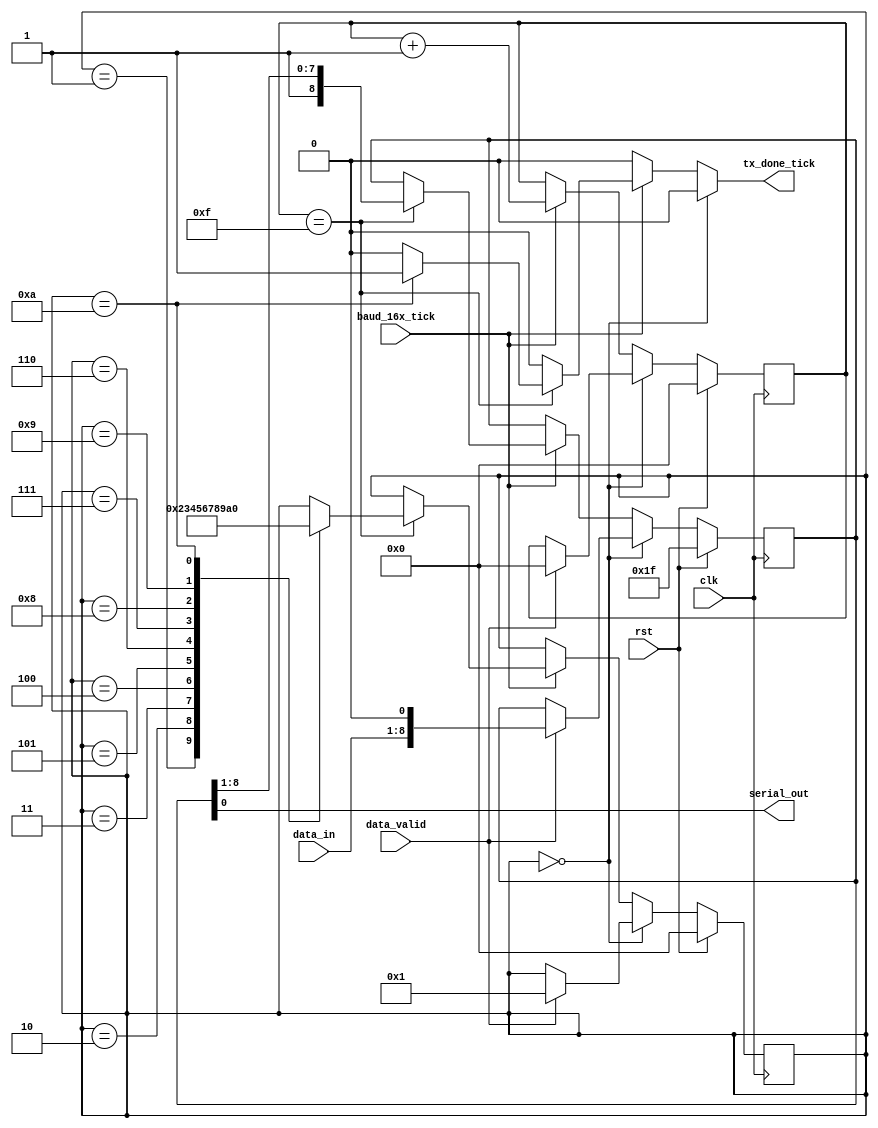
module uart_tx ( 
   input  wire       clk,
   input  wire       rst,         
   input  wire       baud_16x_tick,
   input  wire [7:0] data_in , 
   input  wire       data_valid , 
   output wire       serial_out , 
   output reg        tx_done_tick
);

   parameter   START_BIT   =  1'b0 ; 
   parameter   STOP_BIT    =  1'b1 ; 

   localparam  IDLE  = 4'h0,
               BIT_START = 4'h1,
               BIT_0 = 4'h2,
               BIT_1 = 4'h3,
               BIT_2 = 4'h4,
               BIT_3 = 4'h5,
               BIT_4 = 4'h6,
               BIT_5 = 4'h7,
               BIT_6 = 4'h8,
               BIT_7 = 4'h9,
               BIT_STOP = 4'hA;
 
   reg [3:0] state_r, state_nxt ; 
   reg [8:0] data_shift_r , data_shift_nxt  ; 
   reg [3:0] baud_16x_tick_cnt,  baud_16x_tick_cnt_nxt ; 


   assign serial_out = data_shift_r[0] ; 

   initial begin 
      state_r = IDLE ;
      baud_16x_tick_cnt = 0 ;  
      data_shift_r  = 9'h1F ; 
   end

   always @( posedge clk ) 
      if ( rst ) begin 
         state_r <= IDLE ;
         baud_16x_tick_cnt <= 0 ;  
         data_shift_r  <= 9'h1F ; 
      end else begin 
         state_r <= state_nxt ;
         baud_16x_tick_cnt <= baud_16x_tick_cnt_nxt ; 
         data_shift_r      <= data_shift_nxt  ; 
      end   
      
   always @(*) begin
      baud_16x_tick_cnt_nxt = baud_16x_tick_cnt ; 
      state_nxt = state_r  ;  
      data_shift_nxt = data_shift_r ; 
      tx_done_tick = 1'b0 ; 
      if ( state_r == IDLE ) begin 
         if ( data_valid ) begin 
            state_nxt = BIT_START ; 
            data_shift_nxt = { data_in, START_BIT } ; 
            baud_16x_tick_cnt_nxt = 4'b0 ; 
         end
      end else begin 
         if ( baud_16x_tick ) begin 
            baud_16x_tick_cnt_nxt = baud_16x_tick_cnt + 1 ; 
            if ( baud_16x_tick_cnt == 4'hF ) begin 
               data_shift_nxt = { STOP_BIT, data_shift_r[8:1] } ;   
               case ( state_r ) 
                  BIT_START : state_nxt = BIT_0 ; 
                  BIT_0 : state_nxt  = BIT_1 ; 
                  BIT_1 : state_nxt  = BIT_2 ; 
                  BIT_2 : state_nxt  = BIT_3 ; 
                  BIT_3 : state_nxt  = BIT_4 ; 
                  BIT_4 : state_nxt  = BIT_5 ; 
                  BIT_5 : state_nxt  = BIT_6 ; 
                  BIT_6 : state_nxt  = BIT_7 ; 
                  BIT_7 : state_nxt  = BIT_STOP ; 
                  BIT_STOP : begin 
                                 state_nxt  = IDLE ; 
                                 tx_done_tick = 1'b1 ; 
                             end     
               endcase
            end // ( baud_16x_tick_cnt == 4'hF ) 
         end // baud_16x_tick   
      end // state_r == IDLE 
   end // awlays 


`ifdef SVA   
  assert property (  @( posedge clk ) 
      $rose(data_valid) |=> ( state_r == BIT_START ) 
  ) ;      

  assert property (  @(posedge baud_16x_tick ) 
      ( $past(state_r) == IDLE && state_r == BIT_START) 
                               |-> ##16 ( state_r == BIT_0 ) 
                                   ##16 ( state_r == BIT_1 ) 
                                   ##16 ( state_r == BIT_2 ) 
                                   ##16 ( state_r == BIT_3 ) 
                                   ##16 ( state_r == BIT_4 ) 
                                   ##16 ( state_r == BIT_5 ) 
                                   ##16 ( state_r == BIT_6 ) 
                                   ##16 ( state_r == BIT_7 ) 
                                   ##16 ( state_r == BIT_STOP ) 
  ) ; 

  assert property ( @( posedge baud_16x_tick ) 
     (  $fell( serial_out ) && ( state_r == BIT_START ) ) |-> ## ( 16*9 ) ( serial_out [*15] )  
  );    
 
  assert property ( @( posedge clk ) 
        $rose ( tx_done_tick ) |=> $past( state_r == BIT_STOP ) && ( state_r == IDLE ) 
  ) ;       

  assert property ( @( posedge clk ) 
        $rose( data_valid ) |-> ## [16*16*9 : 16*16*10] $rose(tx_done_tick) 
  );      
`endif

endmodule